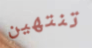
تنتهين